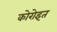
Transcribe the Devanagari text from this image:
कोरोइत